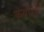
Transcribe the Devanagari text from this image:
कर्यारत